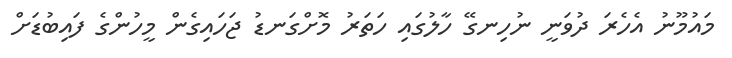
މައުމޫނު އެހެރަ ދުވަނީ ނުހިނގޭ ހާލުގައި ހަތަރު މޮށްގަނޑު ޖަހައިގެން މީހުންގެ ފައިބުޑަށް